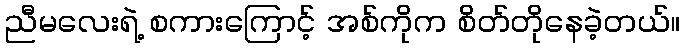
ညီမလေးရဲ့ စကားကြောင့် အစ်ကိုက စိတ်တိုနေခဲ့တယ်။